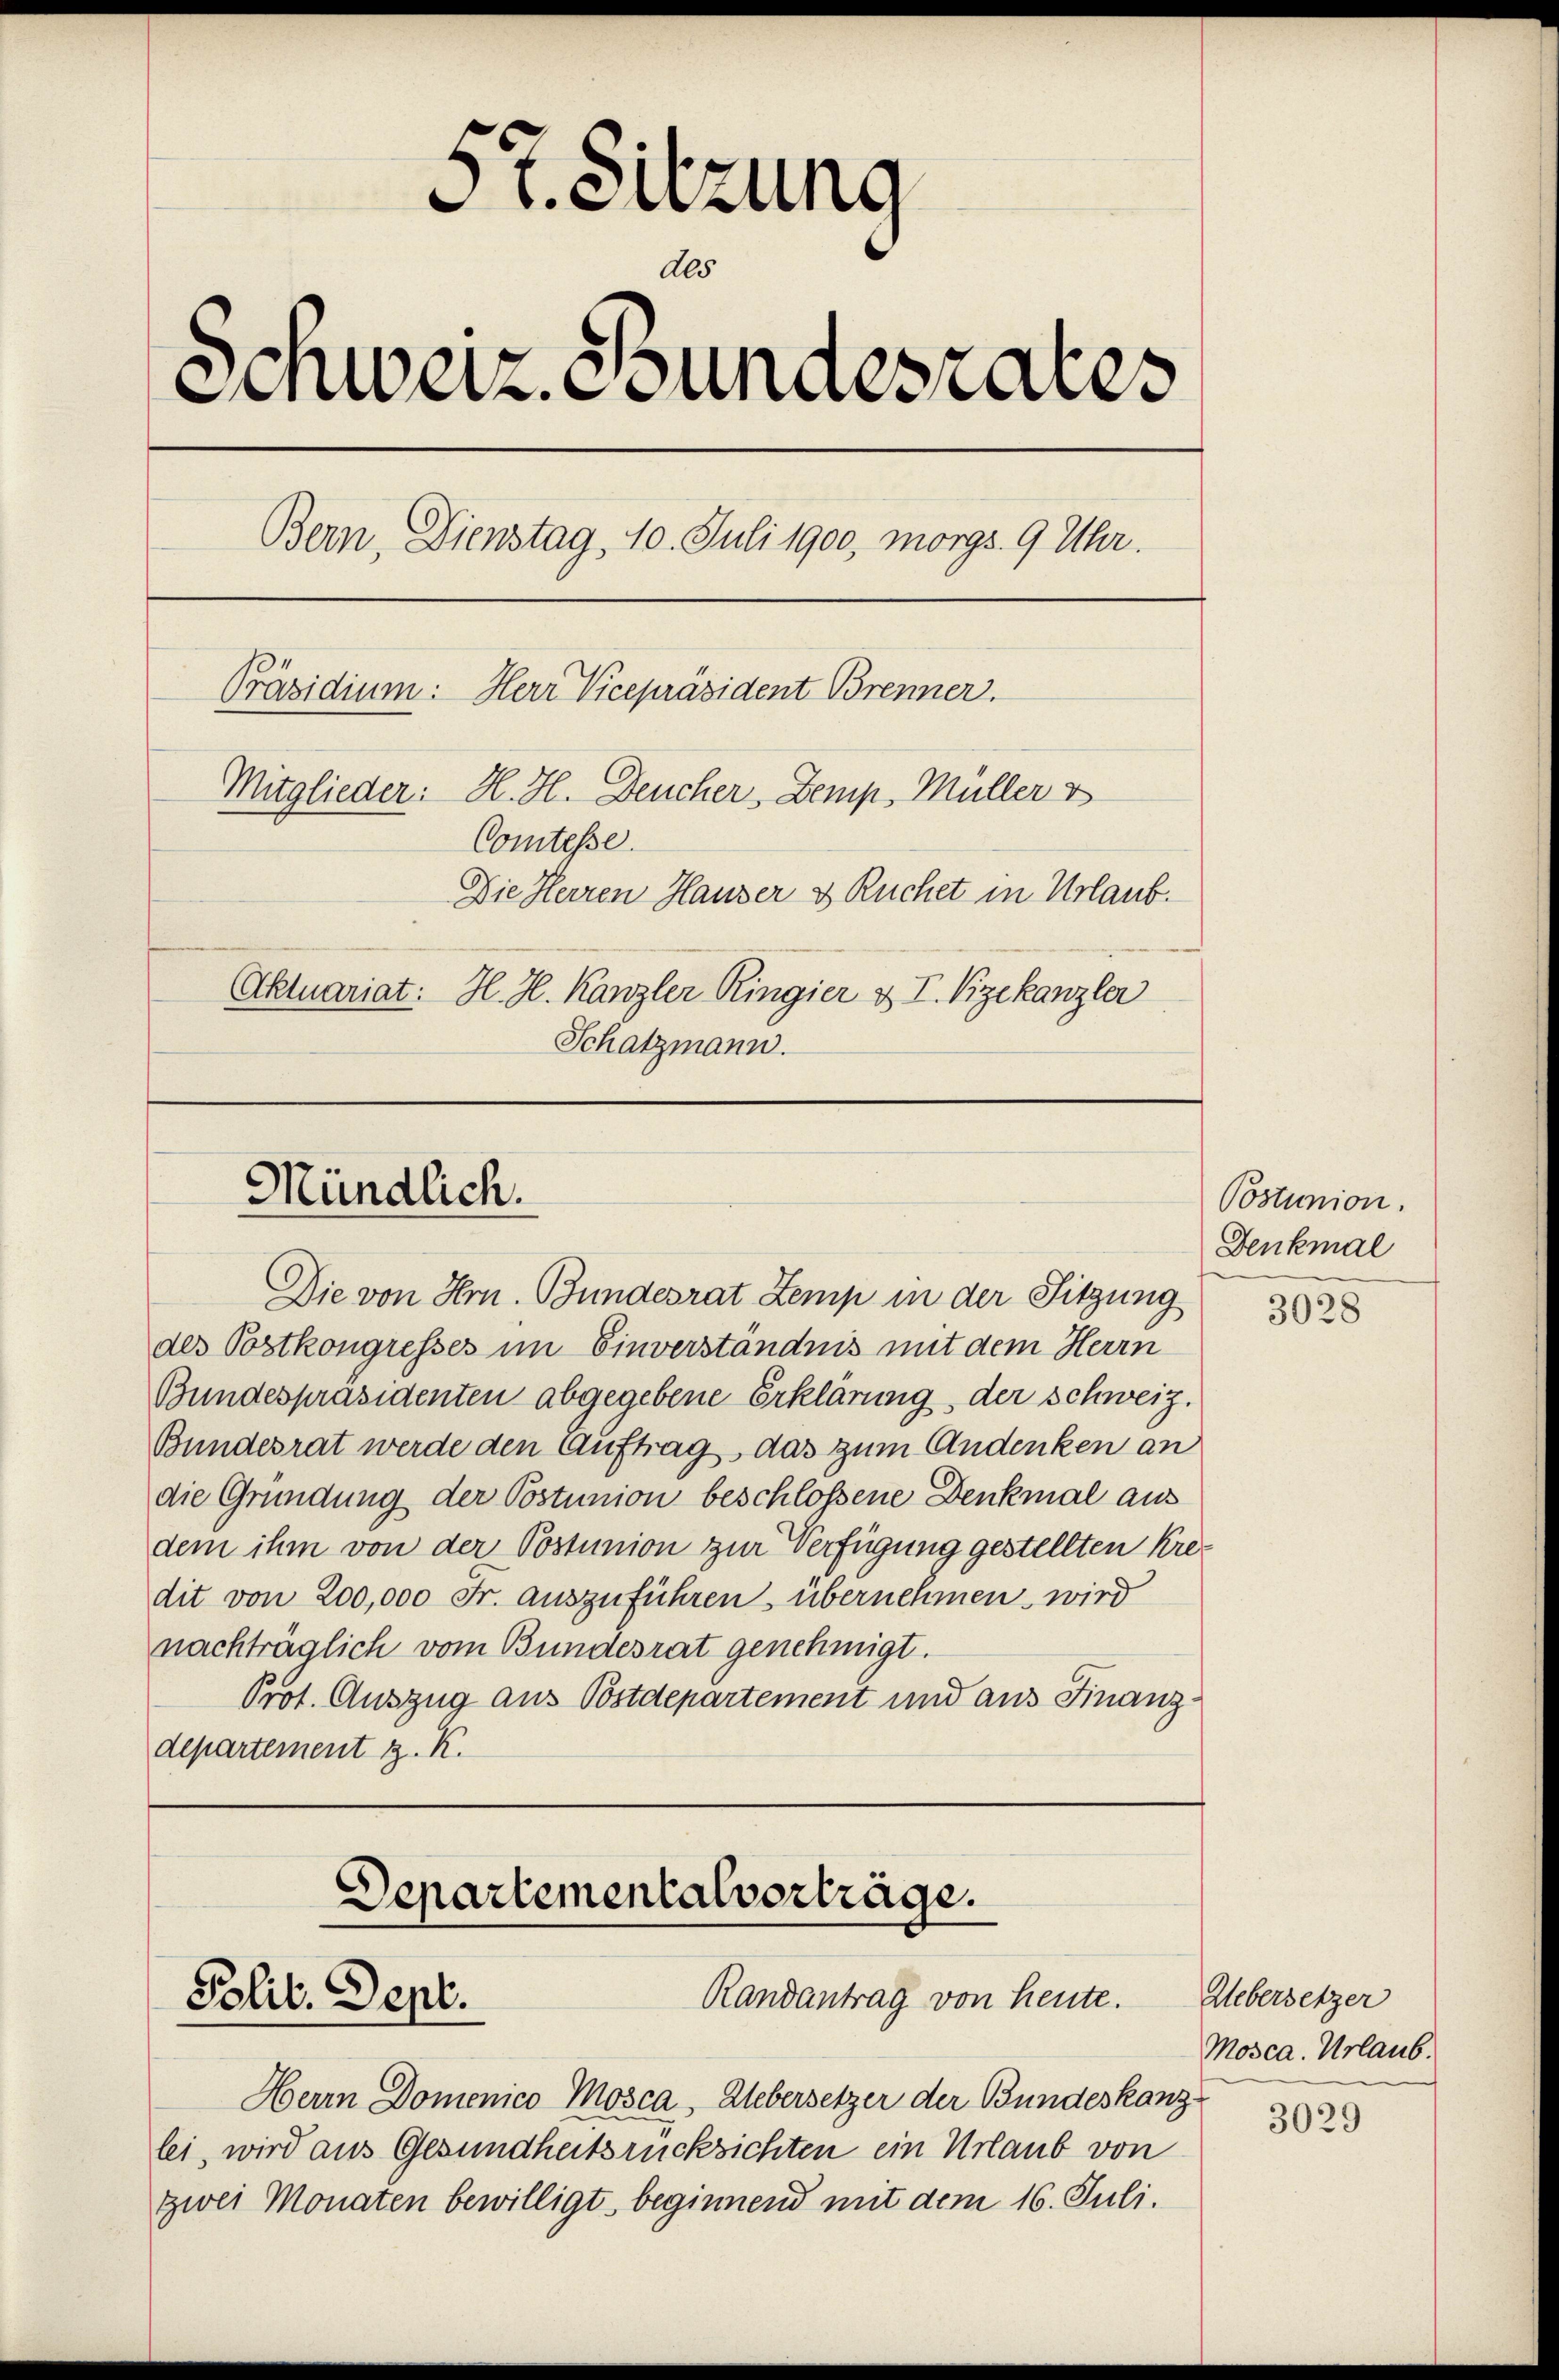
57. Sitzung
Als
Schweiz. Stundesrates
Bern, Dienstag, 10. Juli 1900, morgs 9 Uhr.
Präsidium: Herr Vicepräsident Brenner.
Mitglieder: H. H. Deucher, Demp. Müller v
Comtesse.
Die Herren Hauser & Ruchet in Urlaub.
Aktuariat: H. H. Kanzler Ringier & T. Vizekanzler
Schatzmann.

Mündlich.

Die von Hrn. Bundesrat Zemp in der Sitzung
des Postkongresses im Einverständnis mit dem Herrn
Bundespräsidenten abgegebene Erklärung, der Schweiz.
Bundesrat werde den Auftrag, das zum Andenken an
die Gründung der Postunion beschloßene Denkmal aus
dem ihm von der Postunion zur Verfügung gestellten Kredit von 200,000 Fr. auszuführen, übernehmen, wird
nachträglich vom Bundesrat genehmigt.
Prot. Auszug aus Bostdepartement und aus Finanzdepartement z. K.

Departementalverträge.
Randantrag von heute.
Polit. Sept.

Herrn Domenico Mosca, Uebersetzer der Bundeskanz
lei, wird aus Gesundheitsrücksichten ein Urlaub von
zwei Monaten bewilligt, beginnend mit dem 16. Juli.

Postunion.
Denkmal

3028

Uebersetzer
Mosca. Urlaub.
3029